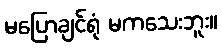
မပြောချင်ရုံ မကသေးဘူး။